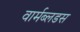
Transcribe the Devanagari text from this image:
वार्मब्लडस